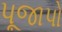
પૂજાપો